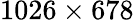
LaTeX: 1026\times 678